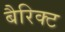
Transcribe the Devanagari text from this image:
बैरिक्ट